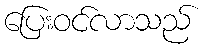
ပြေးဝင်လာသည်